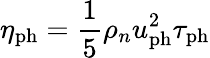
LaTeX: \eta_{\mathrm{ph}}=\frac{1}{5}\rho_{n}u_{\mathrm{ph}}^{2}\tau_{\mathrm{ph}}